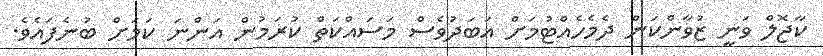
ކާޖޮލް ވަނީ ޒުވާންކަން ދެމެހެއްޓުމަށް އަބަދުވެސް މަސައްކަތް ކުރަމުން އަންނަ ކަމަށް ބުނެފައެވެ.